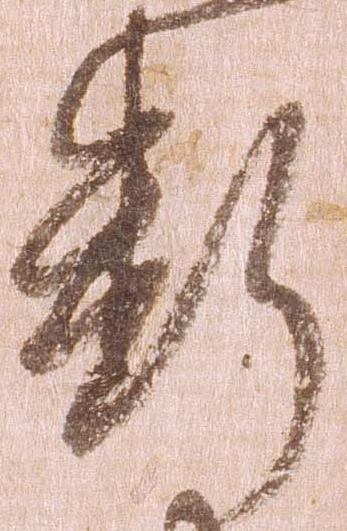
断